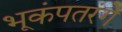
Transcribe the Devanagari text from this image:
भूकंपतरंगे